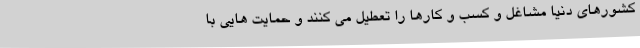
کشورهای دنیا مشاغل و کسب و کارها را تعطیل می‌ کنند و حمایت هایی با